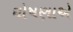
ઘોષણાએ